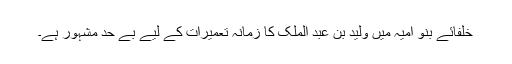
خلفائے بنو امیہ میں ولید بن عبد الملک کا زمانہ تعمیرات کے لیے بے حد مشہور ہے۔